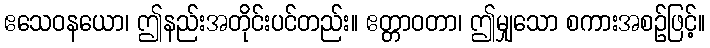
ဧသေဝနယော၊ ဤနည်းအတိုင်းပင်တည်း။ ဧတ္တာဝတာ၊ ဤမျှသော စကားအစဉ်ဖြင့်။